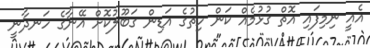
އެއީ ނިމިފައި އޮތް ގުޅުމެއް ކަން ހިތުގެ އަޑިން ގަބޫލުކޮށް އޭނާގެ ހަނދާނީ